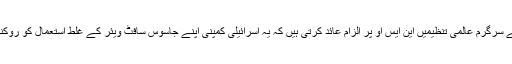
انسانی حقوق اور آزادی اظہار کے لیے سرگرم عالمی تنظیمیں این ایس او پر الزام عائد کرتی ہیں کہ یہ اسرائیلی کمپنی اپنے جاسوس سافٹ ویئر کے غلط استعمال کو روکنے کے لیے کوئی اقدامات نہیں کرتی۔